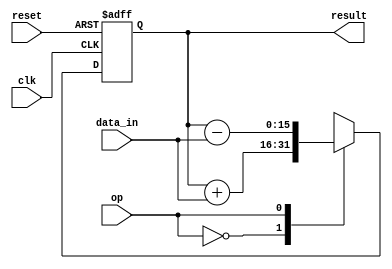
module Pipeline_accumulator(
  input clk,
  input reset,
  input [7:0] data_in,
  input op,
  output [15:0] result
);

reg [15:0] accumulator;

always @(posedge clk or posedge reset) begin
  if(reset) begin
    accumulator <= 16'b0;
  end else begin
    case(op)
      0: accumulator <= accumulator + data_in; // Addition operation
      1: accumulator <= accumulator - data_in; // Subtraction operation
      2: accumulator <= accumulator * data_in; // Multiplication operation
      3: accumulator <= accumulator / data_in; // Division operation
      default: accumulator <= accumulator + data_in; // Default to addition
    endcase
  end
end

assign result = accumulator;

endmodule